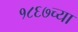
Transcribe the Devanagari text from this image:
१८६७च्या